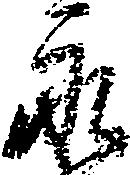
永